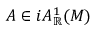
A \in i A _ { \mathbb { R } } ^ { 1 } ( M )